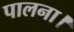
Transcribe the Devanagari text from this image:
पालना।